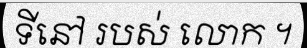
ទីនៅ របស់ លោក ។